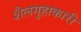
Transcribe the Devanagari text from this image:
शैलगुहाकारी